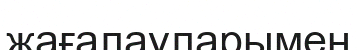
жағалауларымен